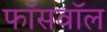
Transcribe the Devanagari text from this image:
फॉसवॉल